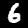
Digit: 6